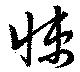
悚